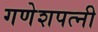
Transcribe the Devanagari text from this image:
गणेशपत्नी